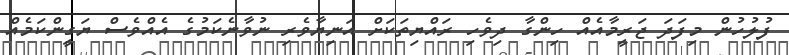
ފުލުހުން މިފަދަ ޖަރީމާއެެއް ހިންގާ ދިވެހި ރައްޔިތަކަށް އަނިޔާވެރި ނުވާނެކަމުގެ އެއްވެސް ޔަގީންކަމެއް